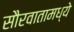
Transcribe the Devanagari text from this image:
सौरवातामध्ये